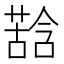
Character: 𮐽